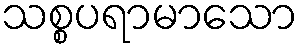
သစ္စပရာမာသော